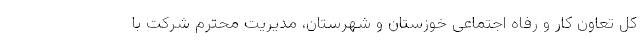
کل تعاون کار و رفاه اجتماعی خوزستان و شهرستان، مدیریت محترم شرکت با